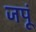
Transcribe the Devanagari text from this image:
जपूं